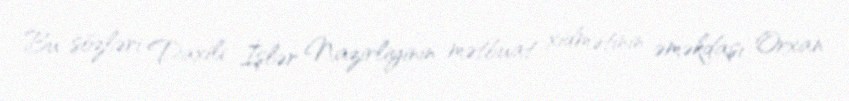
Bu sözləri Daxili İşlər Nazirliyinin mətbuat xidmətinin əməkdaşı Orxan